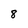
Character: 8